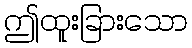
ဤထူးခြားသော